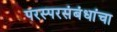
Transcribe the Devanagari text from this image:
परस्परसंबंधांचा